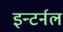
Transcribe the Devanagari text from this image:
इन्टर्नल